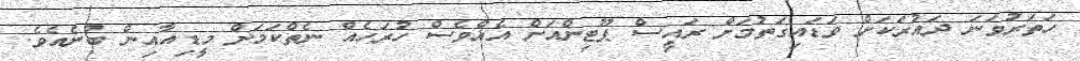
ހަތަރުވަނަ ދައުރަކަށް ވަޑައިގަތުމަށް ރައީސް ޕޫޓިންއަށް އެއްވެސް ހުރަހެއް ނެތްކަމަށް މީޑިއާއިން ބުނެއެވެ.